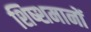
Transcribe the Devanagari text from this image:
शिष्शमानों